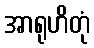
အာရုဟိတုံ